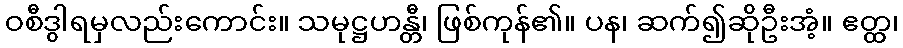
ဝစီဒွါရမှလည်းကောင်း။ သမုဋ္ဌဟန္တီ၊ ဖြစ်ကုန်၏။ ပန၊ ဆက်၍ဆိုဦးအံ့။ ဧတ္ထ၊